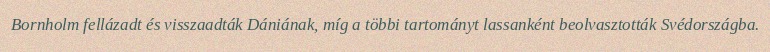
Bornholm fellázadt és visszaadták Dániának, míg a többi tartományt lassanként beolvasztották Svédországba.